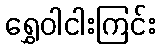
ရွှေဝါငါးကြင်း